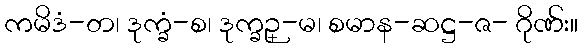
ကမိဒံ-တ၊ ဒုက္ခံ-စ၊ ဒုက္ခဉ္-မ၊ စမာန-ဆဋ္ဌ-ဇ- ဂိုဏ်း။